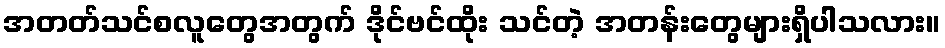
အတတ်သင်စလူတွေအတွက် ဒိုင်ဗင်ထိုး သင်တဲ့ အတန်းတွေများရှိပါသလား။